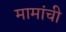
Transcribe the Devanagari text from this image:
मामांची